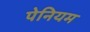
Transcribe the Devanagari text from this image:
पेनियम